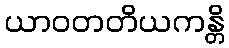
ယာဝတတိယကန္တိ